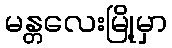
မန္တလေးမြို့မှာ